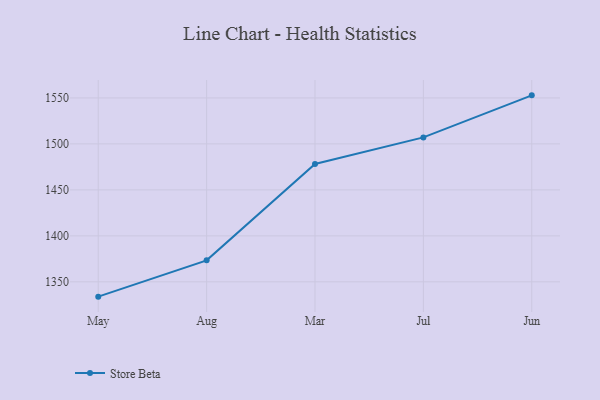
{"axis": {"x": "Month", "y": "Backlog"}, "legend": ["Store Beta"], "data": [{"x": "May", "y": 1333.9, "type": "Store Beta"}, {"x": "Aug", "y": 1373.4, "type": "Store Beta"}, {"x": "Mar", "y": 1478.2, "type": "Store Beta"}, {"x": "Jul", "y": 1507.1, "type": "Store Beta"}, {"x": "Jun", "y": 1552.8, "type": "Store Beta"}]}